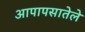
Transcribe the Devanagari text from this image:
आपापसातेले